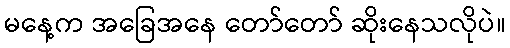
မနေ့က အခြေအနေ တော်တော် ဆိုးနေသလိုပဲ။